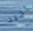
اجيد